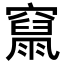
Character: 𥨥